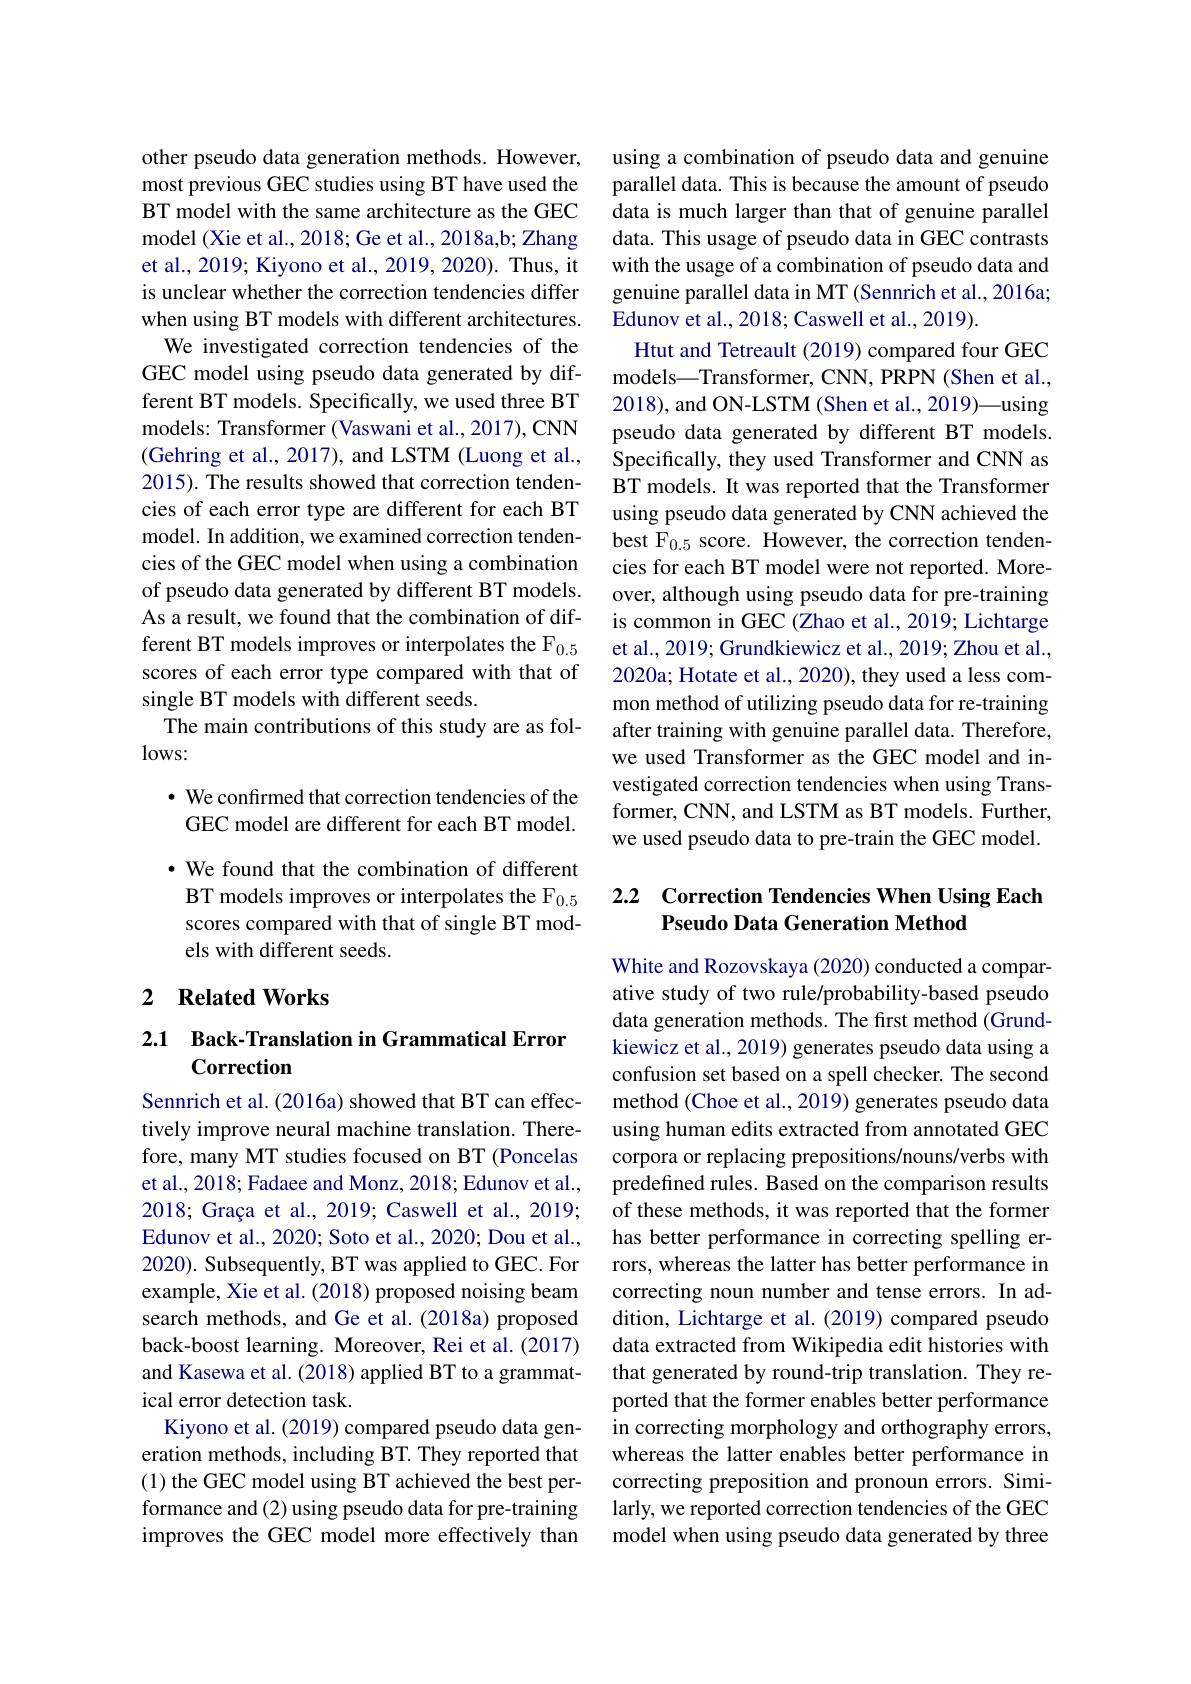
other pseudo data generation methods. However, most previous GEC studies using BT have used the BT model with the same architecture as the GEC model (Xie et al., 2018; Ge et al., 2018a,b; Zhang et al., 2019; Kiyono et al., 2019, 2020). Thus, it is unclear whether the correction tendencies differ when using BT models with different architectures. We investigated correction tendencies of the
GEC model using pseudo data generated by different BT models. Specifically, we used three BT models: Transformer (Vaswani et al., 2017), CNN (Gehring et al., 2017), and LSTM (Luong et al., 2015). The results showed that correction tendencies of each error type are different for each BT model. In addition, we examined correction tendencies of the GEC model when using a combination of pseudo data generated by different BT models. As a result, we found that the combination of different BT models improves or interpolates the F $_{0.5}$ scores of each error type compared with that of single BT models with different seeds.
The main contributions of this study are as fol-
$lows:$
$\bullet$ We confirmed that correction tendencies of the

GEC model are different for each BT model.

$\bullet$ We found that the combination of different BT models improves or interpolates the F$_{0.5}$ scores compared with that of single BT models with different seeds.

## 2 Related Works

## 2.1 Back-Translation in Grammatical Error Correction

Sennrich et al. (2016a) showed that BT can effectively improve neural machine translation. Therefore, many MT studies focused on BT (Poncelas et al., 2018; Fadaee and Monz, 2018; Edunov et al., $2018; \text{ Gra\c{c} a et al. , 2019; Caswell et al. , 2019; }$ Edunov et al. , 2020; Soto et al. , 2020; Dou et al. , 2020). Subsequently, BT was applied to GEC. For example, Xie et al. (2018) proposed noising beam search methods, and Ge et al.(2018a) proposed back-boost learning. Moreover, Rei et al. (2017) and Kasewa et al. (2018) applied BT to a grammatical error detection task.
Kiyono et al. (2019) compared pseudo data generation methods, including BT. They reported that (1) the GEC model using BT achieved the best performance and (2) using pseudo data for pre-training improves the GEC model more effectively than

using a combination of pseudo data and genuine parallel data. This is because the amount of pseudo data is much larger than that of genuine parallel data. This usage of pseudo data in GEC contrasts with the usage of a combination of pseudo data and genuine parallel data in MT (Sennrich et al., 2016a; Edunov et al., 2018; Caswell et al., 2019).
Htut and Tetreault (2019) compared four GEC models—Transformer, CNN, PRPN (Shen et al., 2018), and ON-LSTM (Shen et al., 2019)—using pseudo data generated by different BT models. Specifically, they used Transformer and CNN as BT models. It was reported that the Transformer using pseudo data generated by CNN achieved the best F$_{0.5}$ score. However, the correction tendencies for each BT model were not reported. Moreover, although using pseudo data for pre-training is common in GEC (Zhao et al., 2019; Lichtarge et al., 2019; Grundkiewicz et al., 2019; Zhou et al., 2020a; Hotate et al., 2020), they used a less common method of utilizing pseudo data for re-training after training with genuine parallel data. Therefore, we used Transformer as the GEC model and investigated correction tendencies when using Transformer, CNN, and LSTM as BT models. Further, we used pseudo data to pre-train the GEC model.

## 2.2 Correction Tendencies When Using Each Pseudo Data Generation Method

White and Rozovskaya (2020) conducted a comparative study of two rule/probability-based pseudo data generation methods. The first method (Grundkiewicz et al., 2019) generates pseudo data using a confusion set based on a spell checker. The second method (Choe et al., 2019) generates pseudo data using human edits extracted from annotated GEC corpora or replacing prepositions/nouns/verbs with predefined rules. Based on the comparison results of these methods, it was reported that the former has better performance in correcting spelling errors, whereas the latter has better performance in correcting noun number and tense errors. In addition, Lichtarge et al. (2019) compared pseudo data extracted from Wikipedia edit histories with that generated by round-trip translation. They reported that the former enables better performance in correcting morphology and orthography errors, whereas the latter enables better performance in correcting preposition and pronoun errors. Similarly, we reported correction tendencies of the GEC model when using pseudo data generated by three